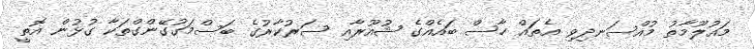
މައުލޫމާތު މުއްސަނދިވި އެތައް ހާސް ބައެއްގެ ޝުއޫރާއި ސަރުކާރުގެ ބަސްމަގުގޭންގްތަކާ ގުުޅުން އޮތީ